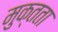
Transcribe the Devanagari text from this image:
मुक्‍तता